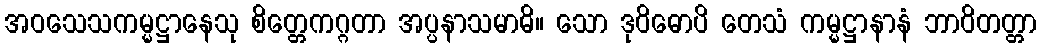
အဝသေသကမ္မဋ္ဌာနေသု စိတ္တေကဂ္ဂတာ အပ္ပနာသမာဓိ။ သော ဒုဝိဓောပိ တေသံ ကမ္မဋ္ဌာနာနံ ဘာဝိတတ္တာ